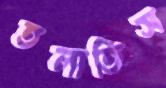
তলাতিস